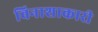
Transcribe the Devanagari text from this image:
विनाशाकारी